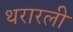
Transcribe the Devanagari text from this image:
थरारली